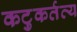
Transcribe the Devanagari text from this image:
कटुकर्तव्य